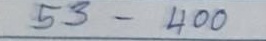
53 - 400